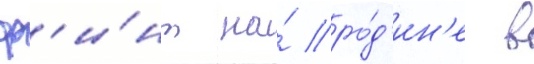
ф'и́нт на́ ро́д'ин'е в